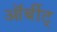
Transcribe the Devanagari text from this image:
ऑर्बीट्